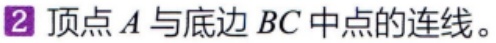
顶点 \(A\) 与底边 \(BC\) 中点的连线。